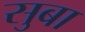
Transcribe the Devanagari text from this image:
सुबा